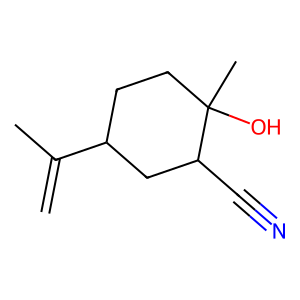
SMILES: C=C(C)C1CCC(C)(O)C(C#N)C1
Inhibits HIV replication: No